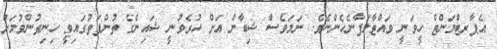
އެޕާރޓްމަންޓް ހީވަނީ ވައްޓާލަފާނެހެންނެވެ. ނަމަވެސް ޝިބާން އަށް ހުރެވުނީ ޝައިންގެ ތުންފަތުގައިވީ ހިނިތުންވުމަށް